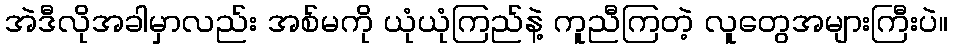
အဲဒီလိုအခါမှာလည်း အစ်မကို ယုံယုံကြည်နဲ့ ကူညီကြတဲ့ လူတွေအများကြီးပဲ။